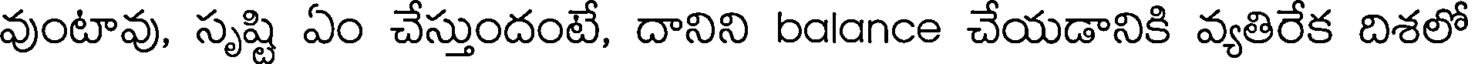
వుంటావు, సృష్టి ఏం చేస్తుందంటే, దానిని balance చేయడానికి వ్యతిరేక దిశలో